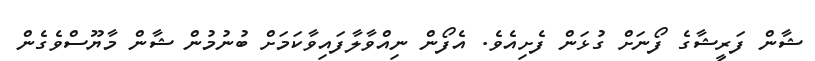
ޝާން ފަރީޝާގެ ފޯނަށް ގުޅަން ފެށިއެވެ. އެފޯން ނިއްވާލާފައިވާކަމަށް ބުނުމުން ޝާން މާޔޫސްވެގެން